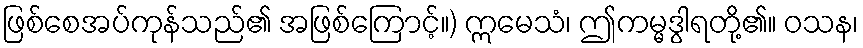
ဖြစ်စေအပ်ကုန်သည်၏ အဖြစ်ကြောင့်။) ဣမေသံ၊ ဤကမ္မဒွါရတို့၏။ ဝသန၊